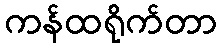
ကန်ထရိုက်တာ